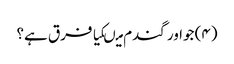
(۴) جواور گندم میںکیا فرق ہے؟